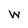
Character: W